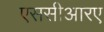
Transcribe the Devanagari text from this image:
एससीआरए